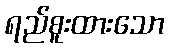
ရည်စူးထားသော